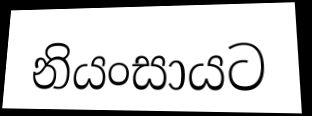
නියංසායට